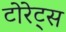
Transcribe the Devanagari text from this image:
टोरेट्स